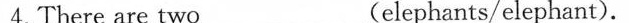
4.There are two_(elephants/elephant).